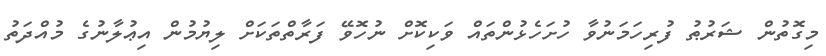
މިގޮތުން ޝަރުޠު ފުރިހަމަނުވާ ހުށަހެޅުންތައް ވަކިކޮށް ނުހޮވޭ ފަރާތްތަކަށް ލިޔުމުން އިޢުލާނުގެ މުއްދަތު